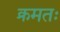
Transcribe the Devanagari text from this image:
क्रमतः